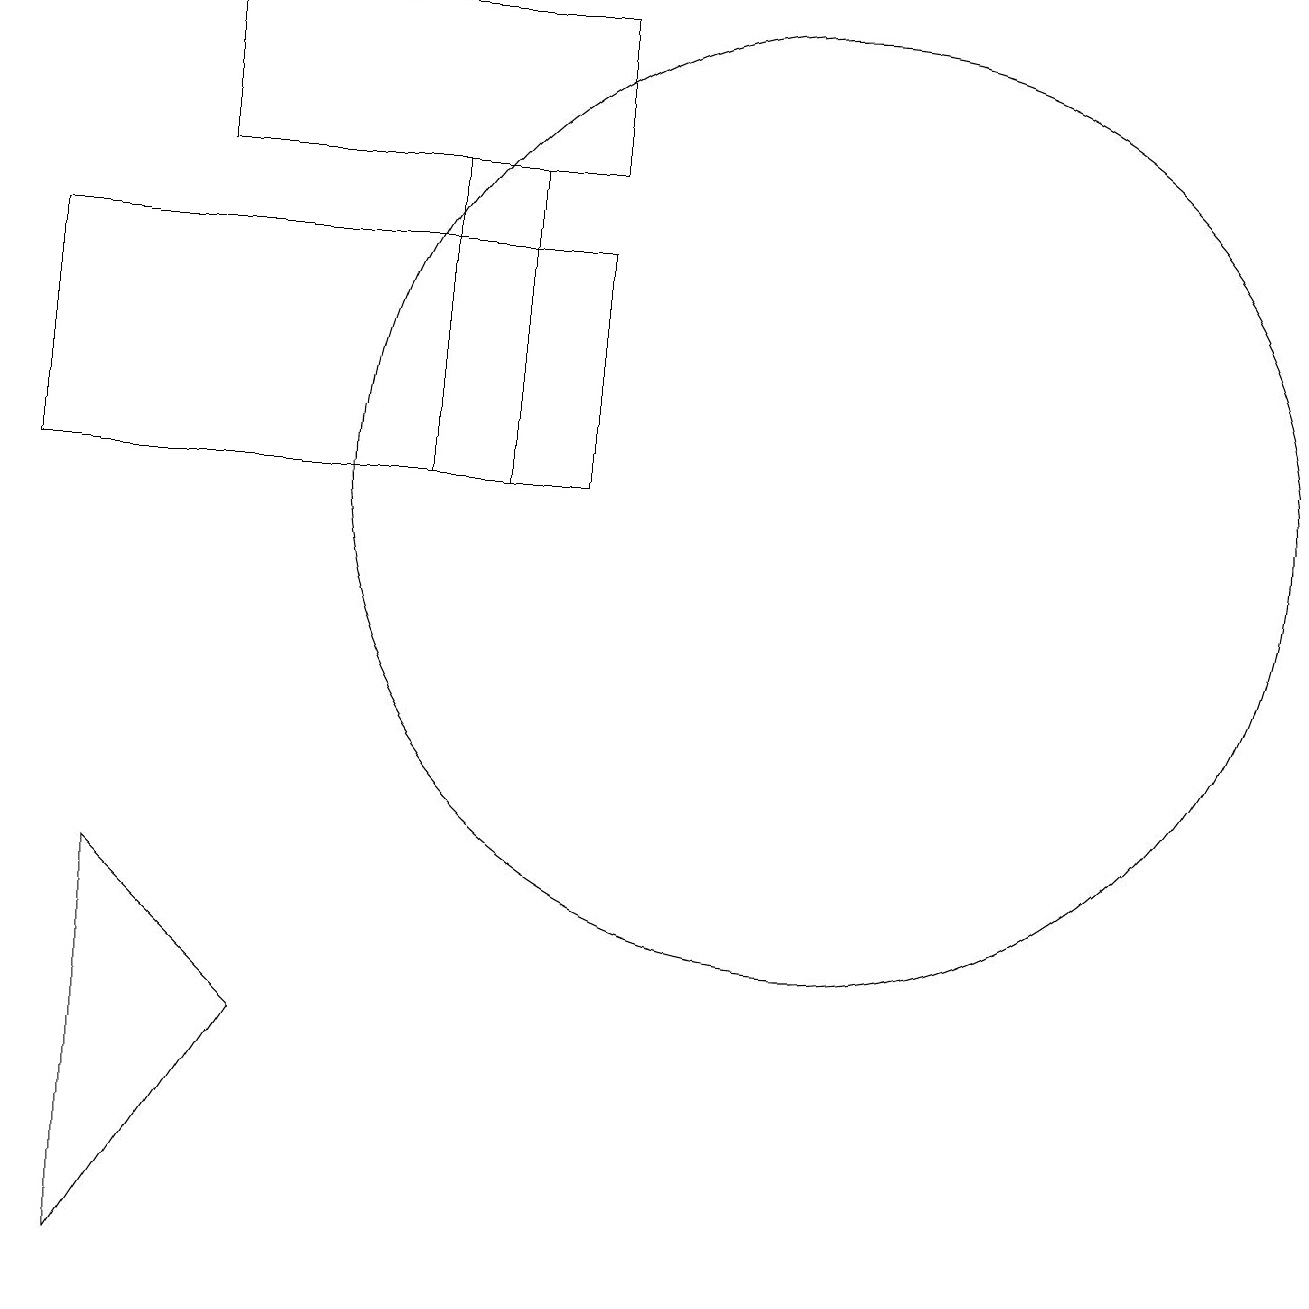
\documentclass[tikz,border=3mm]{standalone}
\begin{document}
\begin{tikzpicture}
\draw (2,17) rectangle (7,15);
\draw (3,4) -- (1,6) -- (1,1) -- cycle;
\draw (0,14) rectangle (7,11);
\draw (10,11) circle (6);
\draw (5,11) rectangle (6,15);
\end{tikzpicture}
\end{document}